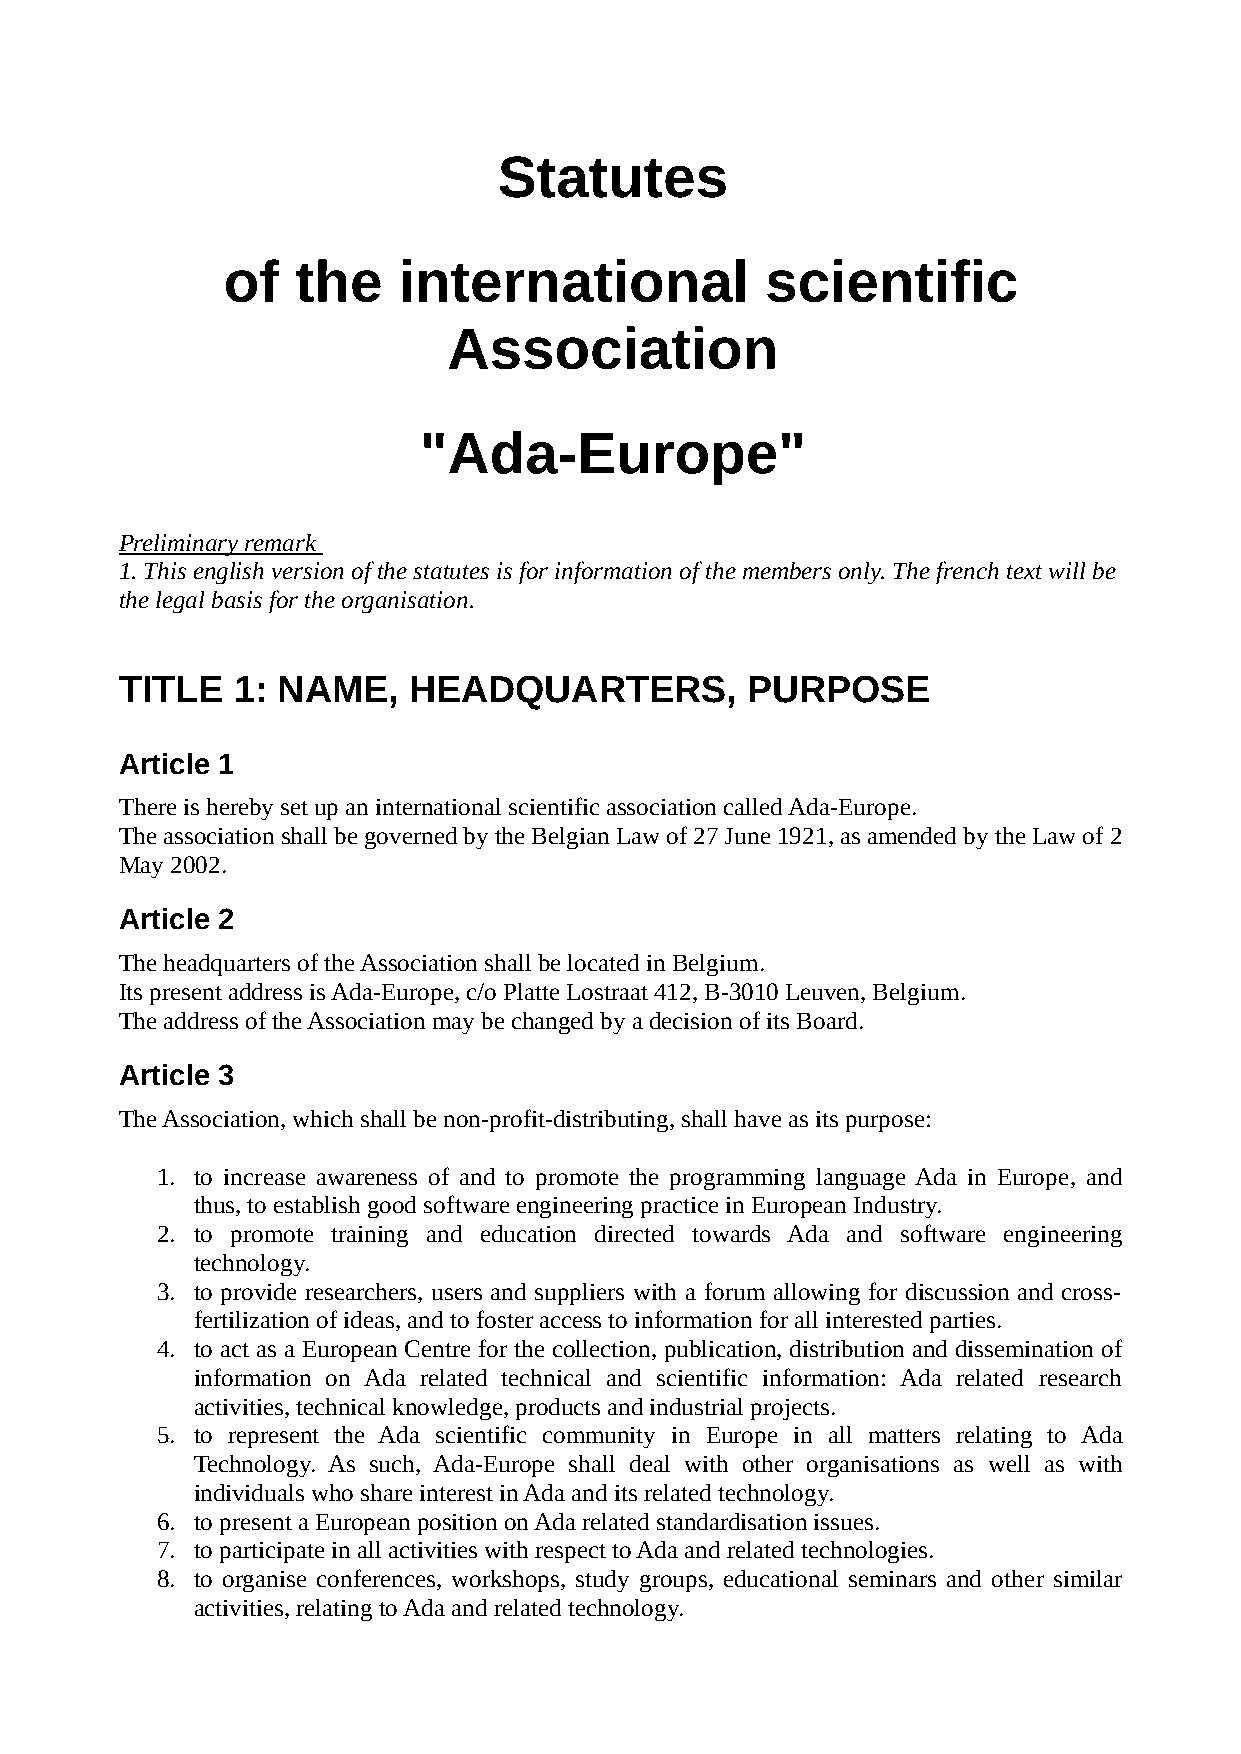
Statutes
 of   the   international            scientific
 Association
 "Ada-Europe"
 Preliminary remark
 1. This english version of the statutes is for information of the members only. The french text will be
 the legal basis for the organisation.
 TITLE  1: NAME,    HEADQUARTERS,         PURPOSE
 Article 1
 There is hereby set up an international scientific association called Ada-Europe.
 The association shall be governed by the Belgian Law of 27 June 1921, as amended by the Law of 2
 May 2002.
 Article 2
 The headquarters of the Association shall be located in Belgium.
 Its present address is Ada-Europe, c/o Platte Lostraat 412, B-3010 Leuven, Belgium.
 The address of the Association may be changed by a decision of its Board.
 Article 3
 The Association, which shall be non-profit-distributing, shall have as its purpose:
 1. to increase awareness of and to promote the programming language Ada in Europe, and
 thus, to establish good software engineering practice in European Industry.
 2. to promote training and education directed towards Ada and software engineering
 technology.
 3. to provide researchers, users and suppliers with a forum allowing for discussion and cross-
 fertilization of ideas, and to foster access to information for all interested parties.
 4. to act as a European Centre for the collection, publication, distribution and dissemination of
 information on Ada related technical and scientific information: Ada related research
 activities, technical knowledge, products and industrial projects.
 5. to represent the Ada scientific community in Europe in all matters relating to Ada
 Technology. As such, Ada-Europe shall deal with other organisations as well as with
 individuals who share interest in Ada and its related technology.
 6. to present a European position on Ada related standardisation issues.
 7. to participate in all activities with respect to Ada and related technologies.
 8. to organise conferences, workshops, study groups, educational seminars and other similar
 activities, relating to Ada and related technology.